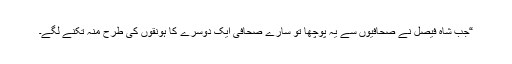
“جب شاہ فیصل نے صحافیوں سے یہ پوچھا تو سارے صحافی ایک دوسرے کا ہونقوں کی طرح منہ تکنے لگے۔